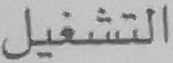
التشغيل